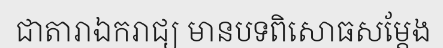
ជាតារាឯករាជ្យ មានបទពិសោធសម្តែង